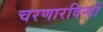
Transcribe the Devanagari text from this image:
चरणारविन्दों